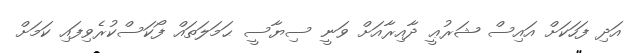
އަދި ފަހަކަށް އައިސް ޝަރުޢީ ދާއިރާއަށް ވަނީ ސިޔާސީ ޙަމަލަތައް ފޯކަސްކުރެވިފައި ކަމަށް